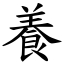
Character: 養